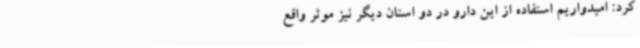
کرد: امیدواریم استفاده از این دارو در دو استان دیگر نیز موثر واقع